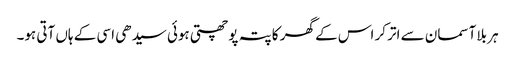
ہر بلا آسمان سے اتر کر اس کے گھر کا پتہ پوچھتی ہوئی سیدھی اسی کے ہاں آتی ہو۔